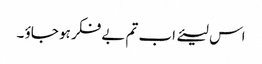
اس لیئے اب تم بے فکر ہو جاؤ ۔